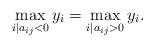
LaTeX: \begin{align*}\max_{i\mid a_{ij}<0}y_i = \max_{i\mid a_{ij}>0}y_i .\end{align*}